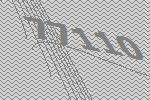
77110